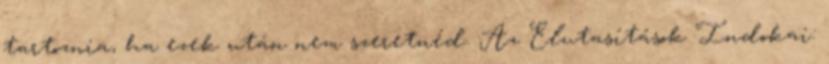
tartoznia, ha ezek után nem szeretnéd. Az Elutasítások Indokai: